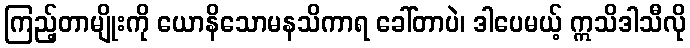
ကြည့်တာမျိုးကို ယောနိသောမနသိကာရ ခေါ်တာပဲ၊ ဒါပေမယ့် ဣသိဒါသီလို